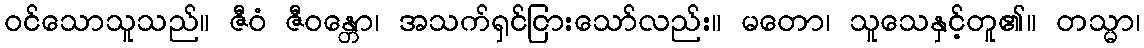
ဝင်သောသူသည်။ ဇီဝံ ဇီဝန္တော၊ အသက်ရှင်ငြားသော်လည်း။ မတော၊ သူသေနှင့်တူ၏။ တသ္မာ၊